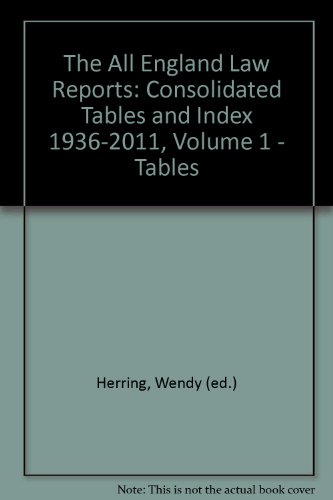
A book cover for The All England Law Reports: Consolidated Tables and Index 1936-2011, Volume 1 - Tables; Wendy (ed.) Herring; Law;